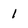
Character: l